Scientific memoirs by medical officers of the Army of India - Part XII,
Year: 1901
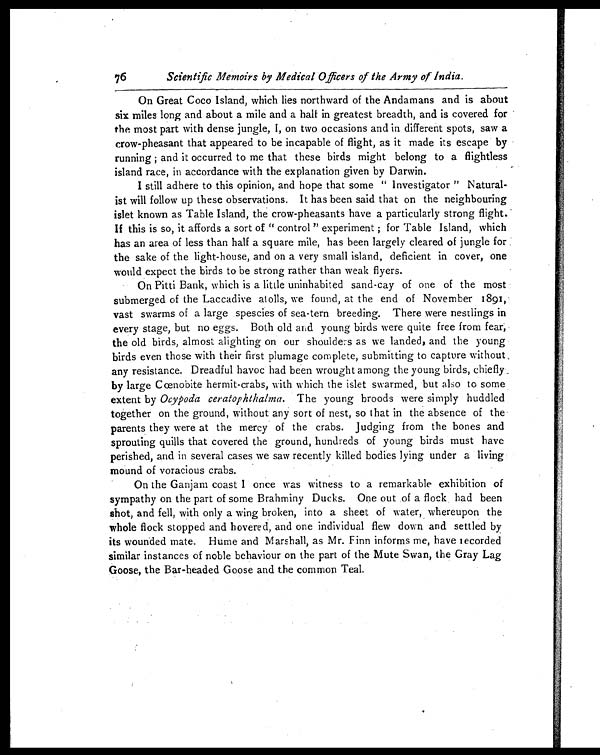
76
Scientific Memoirs by Medical Officers of the Army of India.
On Great Coco Island, which lies northward of the Andamans and is about
six miles long and about a mile and a half in greatest breadth, and is covered for
the most part with dense jungle, I, on two occasions and in different spots, saw a
crow-pheasant that appeared to be incapable of flight, as it made its escape by
running ; and it occurred to me that these birds might belong to a flightless
island race, in accordance with the explanation given by Darwin.
I still adhere to this opinion, and hope that some "Investigator" Natural-
ist will follow up these observations, It has been said that on the neighbouring
islet known as Table Island, the crow-pheasants have a particularly strong flight.
If this is so, it affords a sort of "control" experiment ; for Table Island, which
has an area of less than half a square mile, has been largely cleared of jungle for
the sake of the light-house, and on a very small island, deficient in cover, one
would expect the birds to be strong rather than weak flyers.
On Pitti Bank, which is a little uninhabited sand-cay of one of the most
submerged of the Laccadive atolls, we found, at the end of November 1891,
vast swarms of a large spescies of sea-tern breeding. There were nestlings in
every stage, but no eggs. Both old and young birds were quite free from fear,
the old birds, almost alighting on our shoulders as we landed, and the young
birds even those with their first plumage complete, submitting to capture without
any resistance. Dreadful havoc had been wrought among the young birds, chiefly
by large Cœnobite hermit-crabs, with which the islet swarmed, but also to some
extent by Ocypoda ceratophthalma. The young broods were simply huddled
together on the ground, without any sort of nest, so that in the absence of the
parents they were at the mercy of the crabs. Judging from the bones and
sprouting quills that covered the ground, hundreds of young birds must have
perished, and in several cases we saw recently killed bodies lying under a living
mound of voracious crabs.
On the Ganjam coast I once was witness to a remarkable exhibition of
sympathy on the part of some Brahminy Ducks. One out of a flock had been
shot, and fell, with only a wing broken, into a sheet of water, whereupon the
whole flock stopped and hovered, and one individual flew down and settled by
its wounded mate. Hume and Marshall, as Mr. Finn informs me, have recorded
similar instances of noble behaviour on the part of the Mute Swan, the Gray Lag
Goose, the Bar-headed Goose and the common Teal.